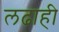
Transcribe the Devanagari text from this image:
लढाही